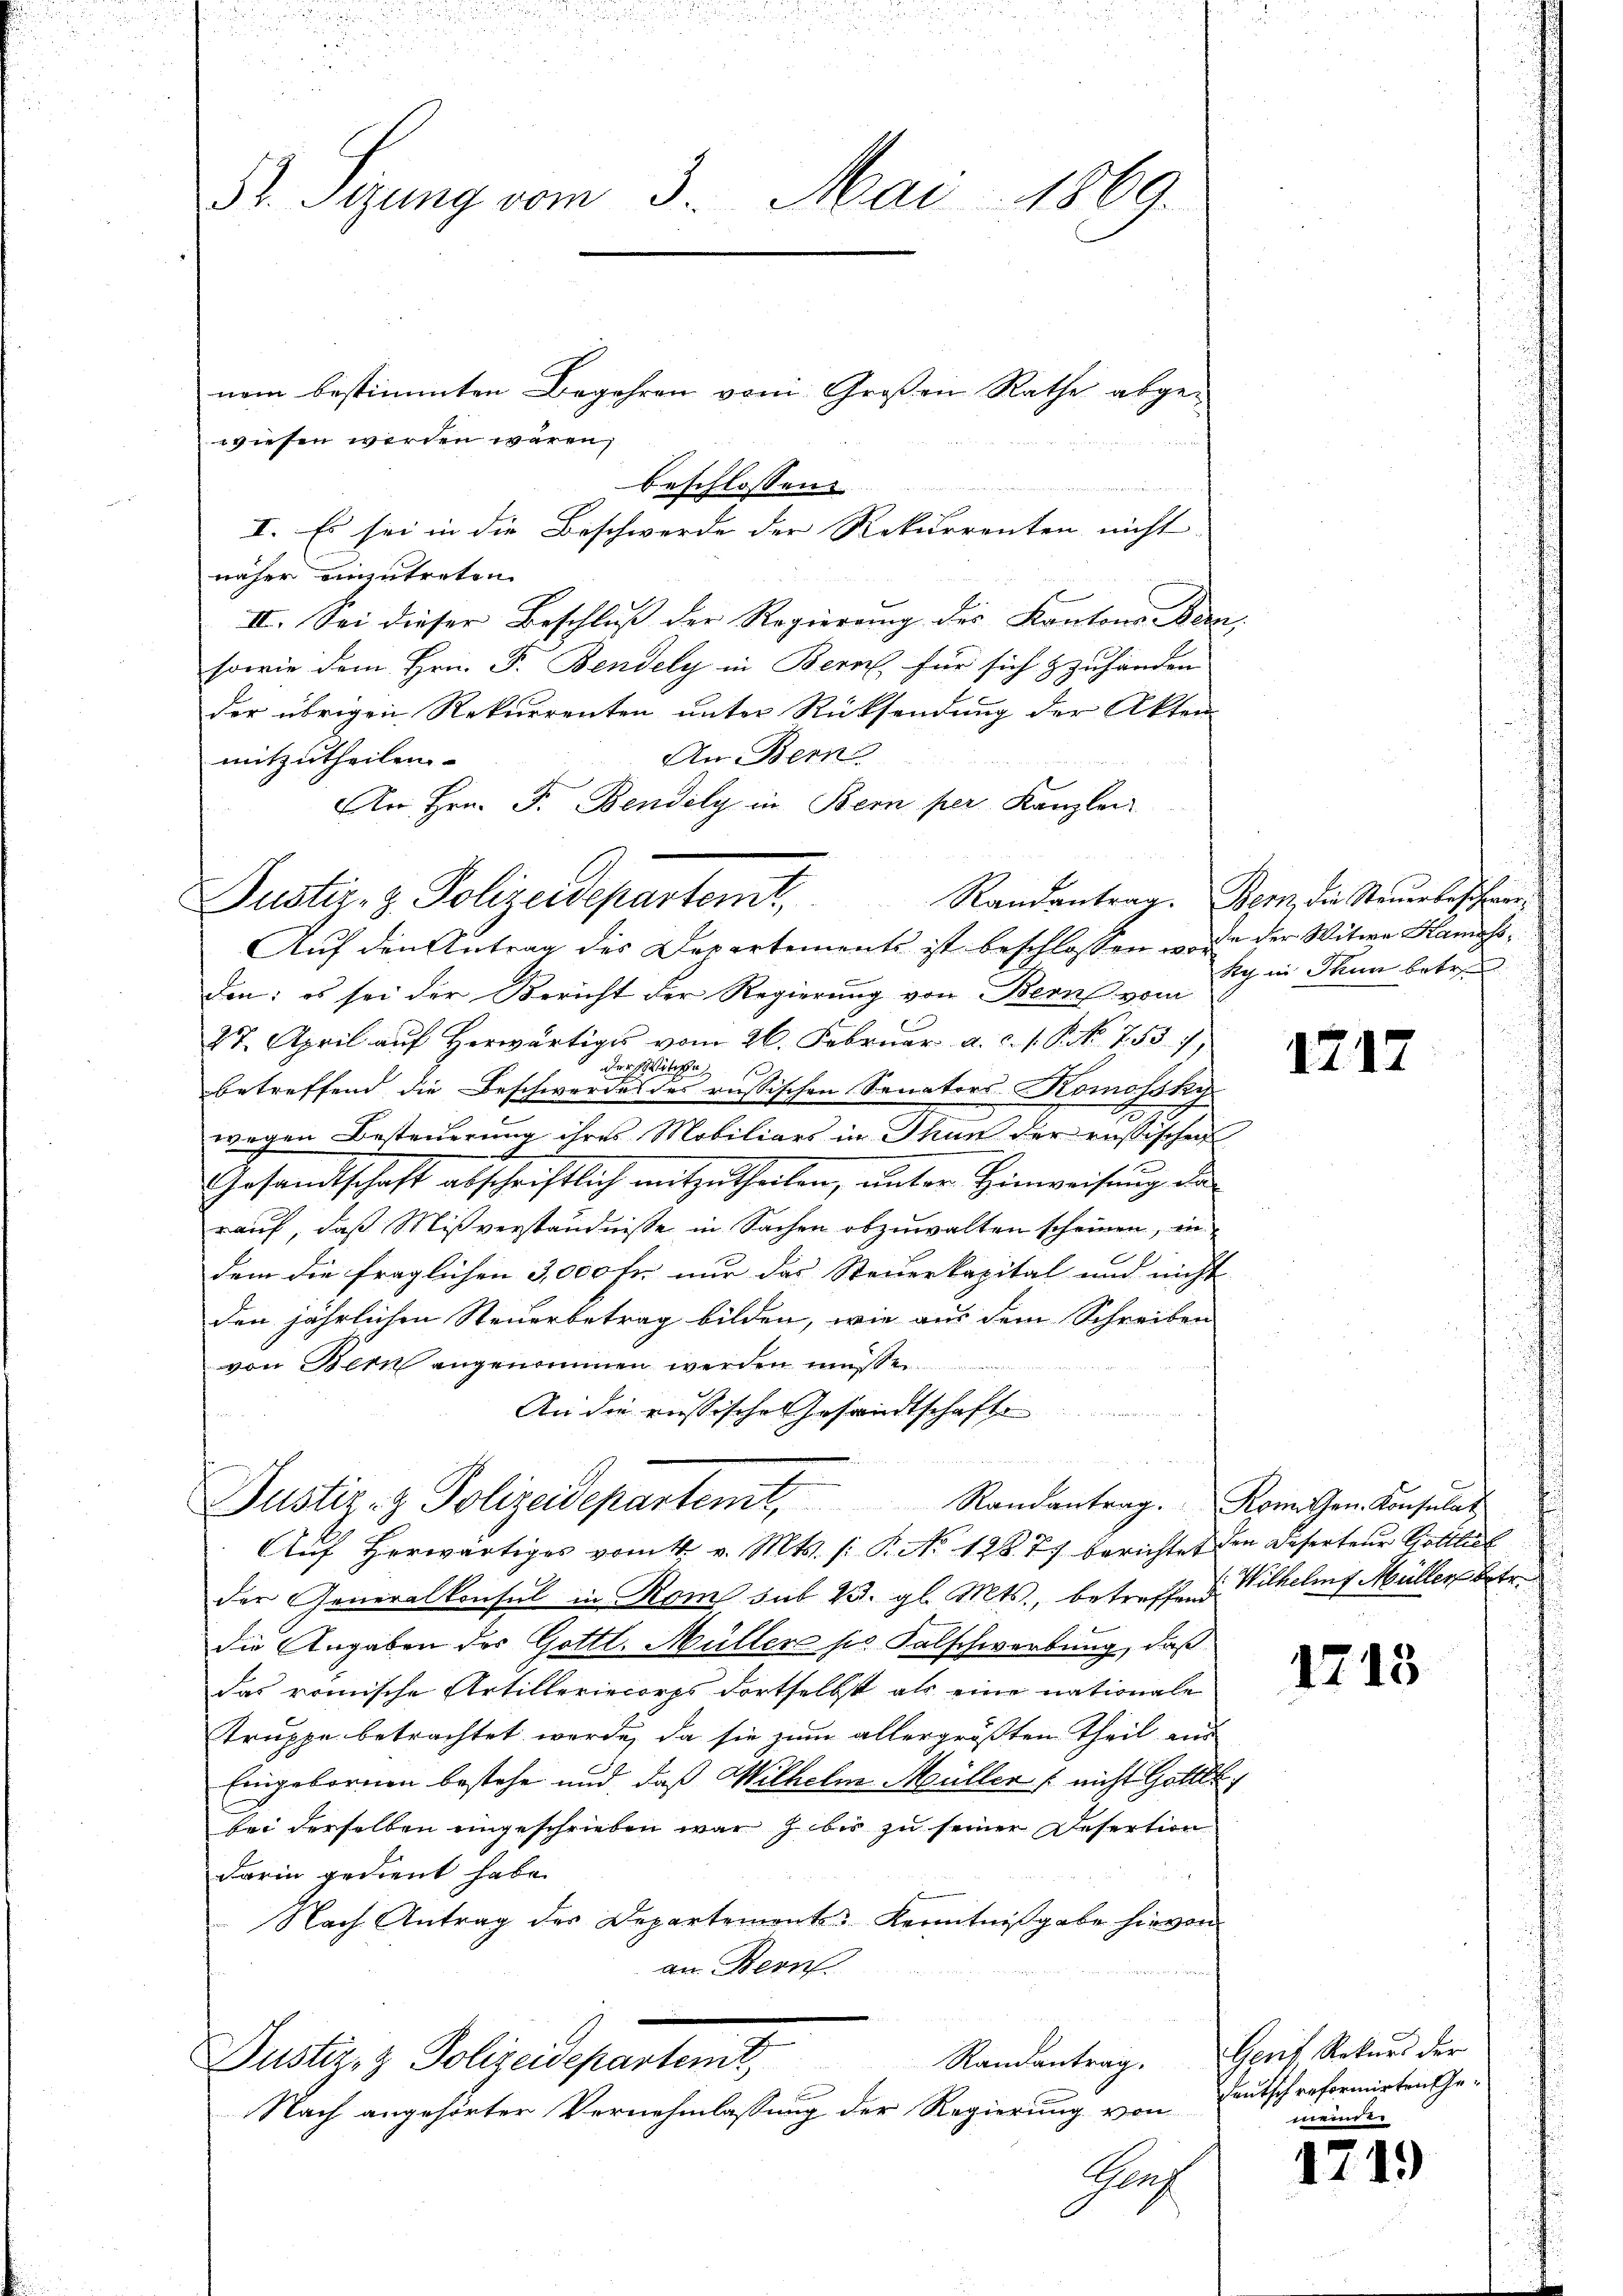
3. Sizung vom 3. Mai 1869.

nem bestimmten Begehren vom Großen Rathe abgewiesen werden wären,
beschlossens
I. Es sei in die Beschwerde der Rekurrenten nicht
näher einzutreten.
II. Sei dieser Beschluß der Regierung des Kantons Bern,
sowie dem Hrn. F. Bendely in Bern, für sich zzuhänden
der übrigen Rekurrenten unter Rücksendung der Akten
An Bern
mitzutheilen.
An Hrn. F. Bendely in Bern per Kanzlei
Auf den Antrag des Departements ist beschlossen worden: es sei der Bericht der Regierung von Bern vom
27. April auf Herwärtiges vom 26. Februar a. c. s. S. No. 755. 7
der Stiche
betreffend die Beschwerdes des russischen Sanators-Komosokywegen Besteuerung ihres Mobiliars in Thun der russischen
Gesandtschaft abschriftlich mitzutheilen, unter Hinweisung de
rauf, daß Mißverständnisse in Sachen abzuwalten scheinen, in
dem die fraglichen 3,000 fr. nur das Steuerkapital und nicht
den jährlichen Steuerbetrag bilden, wie aus dem Schreiben
von Bern angenommen werden müssen.
An die russische Gesandtschaft
w
Justiz- & Polizeidepartent. Randantrag. Romischen Konsulat
Auf herwärtiges vom 4. v. Mts. (: P. No 128. 7) berichtet den Deserteur Gottlich
der Generalkonsul in Rom sub 25. gl. Mts., betreffend Wilhelm Müller betr.
die Angaben der Gottl. Müller sie Falschwerbung, daß
das römische Artilleriecorps dortselbst als eine nationale
Truppe betrachtet werde, da sie zum allergrößten Theil aus
Eingebornen bestehe und, daß Wilhelm Müller (nicht Gottet
bei derselben eingeschrieben war z bis zu seiner Desertion
darin gedient habe.
Nach Antrag der Departemente Kenntnißgabe hievon
an Bern
Justiz- & Polizeidepartemt,
Randantrag.
Nach angehörter Vernehmlassung der Regierung von
Gr

Justiz- & Polizeidepartemt

Randantrag. Bern die Steŭerbeschwerde der Witwe Kamass,
ky in Thun betre

1717

1713

Gput Rekurs der
Deutsch reformirten Gemeine

1749